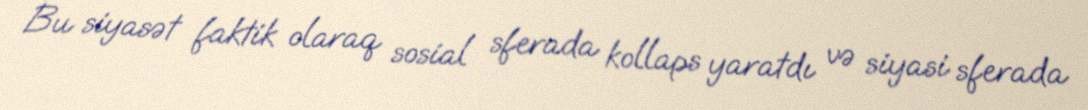
Bu siyasət faktik olaraq sosial sferada kollaps yaratdı və siyasi sferada